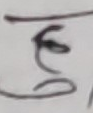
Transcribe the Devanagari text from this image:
छु